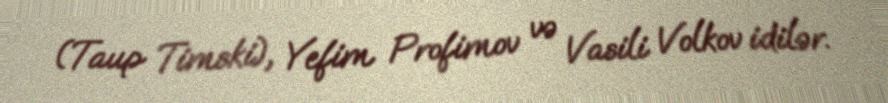
(Taup Timski), Yefim Profimov və Vasili Volkov idilər.